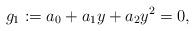
LaTeX: \begin{align*} g_1:= a_0+a_1 y+a_2 y^2=0,\end{align*}